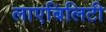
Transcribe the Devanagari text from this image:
लाएबिलिटी